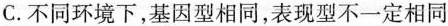
C.不同环境下，基因型相同，表现型不一定相同